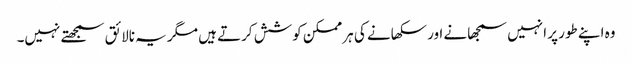
وہ اپنے طور پر انہیں سمجھانے اور سکھانے کی ہر ممکن کوشش کرتے ہیں مگر یہ نالائق سمجھتے نہیں۔